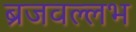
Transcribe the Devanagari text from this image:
ब्रजवल्लभ